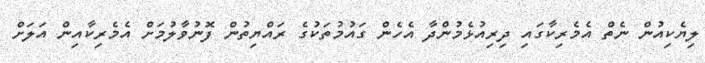
ލިޔެކިއުން ނެތް އެމެރިކާގައި ދިރިއުޅެމުންދާ އެހެން ގައުމުތަކުގެ ރައްޔިތުން ފޮނުވާލުމަށް އެމެރިކާއިން އަލަށް